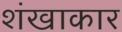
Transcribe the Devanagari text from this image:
शंखाकार